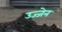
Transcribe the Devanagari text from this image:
उज्‍जेन